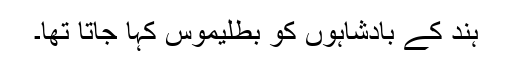
ہند کے بادشاہوں کو بَطۡلِیۡمُوس کہا جاتا تھا۔